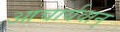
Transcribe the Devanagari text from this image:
आचार्यवान्